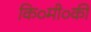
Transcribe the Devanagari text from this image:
कि०मी०की